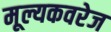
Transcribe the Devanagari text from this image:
मूल्यकवरेज